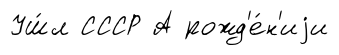
Уш́л СССР А рожд'е́н'иjи